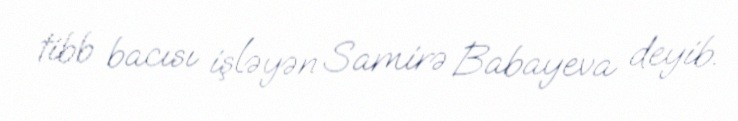
tibb bacısı işləyən Samirə Babayeva deyib.